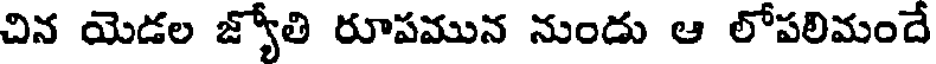
చిన యెడల జ్యోతి రూపమున నుందు ఆ లోపలిమందే